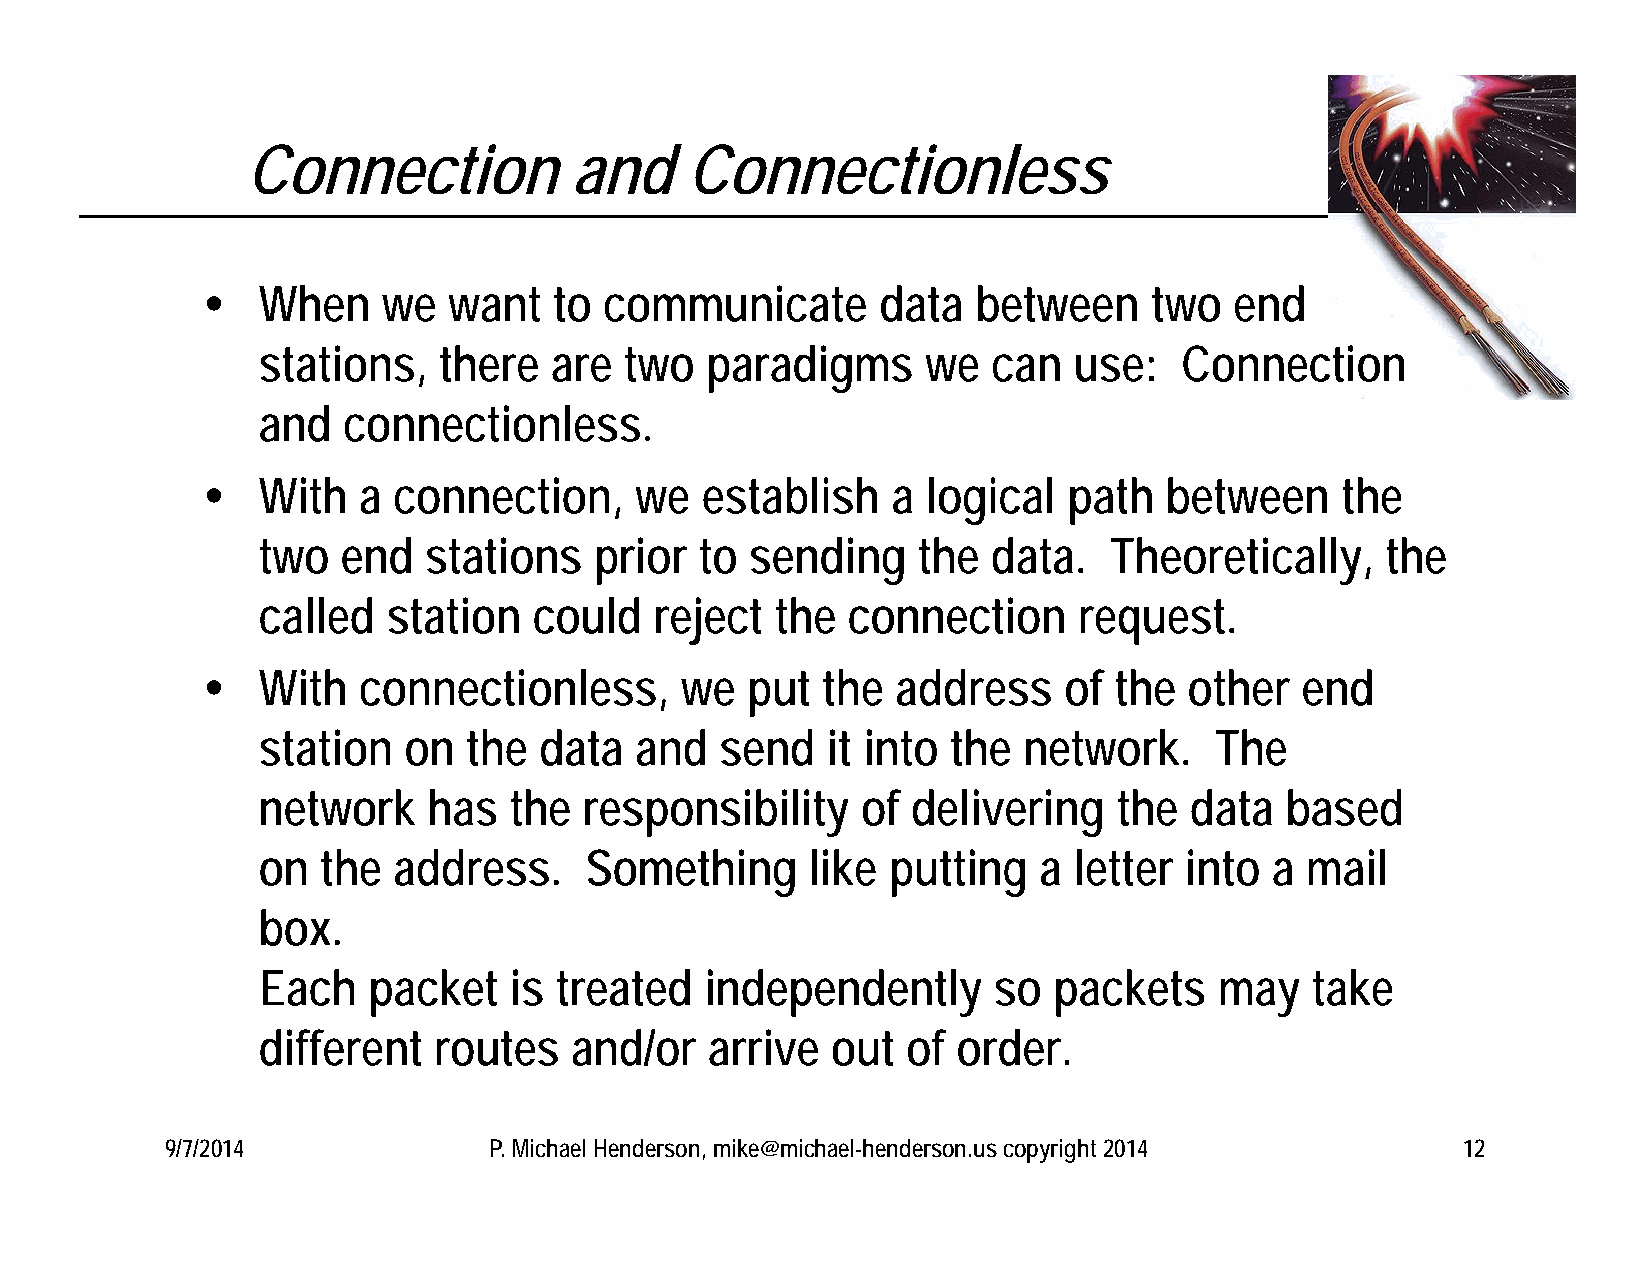
Connection            and    Connectionless
    When    we   want   to communicate       data   between    two   end
 stations,   there  are  two   paradigms     we   can  use:   Connection
 and   connectionless.
    With   a connection,     we  establish    a logical   path  between     the
 two   end  stations   prior  to  sending    the  data.  Theoretically,     the
 called   station  could   reject  the  connection     request.
    With   connectionless,      we  put  the  address    of  the  other  end
 station   on  the  data  and   send   it into the  network.    The
 network    has   the  responsibility    of delivering    the  data  based
 on  the  address.     Something      like putting   a letter into  a mail
 box.
 Each   packet    is treated   independently      so  packets    may   take
 different   routes   and/or   arrive  out  of order.
 9/7/2014             P. Michael Henderson, mike@michael-henderson.us copyright 2014   12